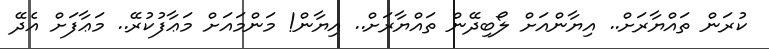
ކުރަން ތައްޔާރަށް.. އިޔާންއަށް ލޯބިދޭން ތައްޔާރަށް.. އިޔާން! މަންމައަށް މަޢާފުކުރޭ.. މަޢާފަށް އެދޭ